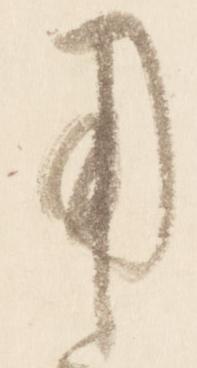
用